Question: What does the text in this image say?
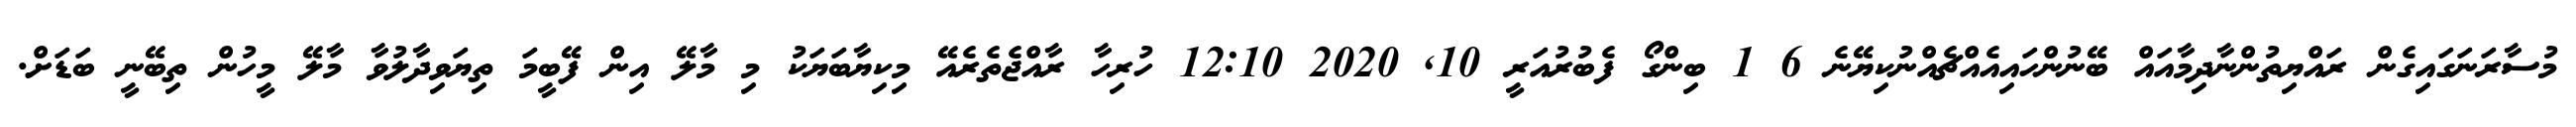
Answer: މުސާރަނަގައިގެން ރައްޔިތުންނާދިމާއައް ބޭނުންހައިއެއްޗެއްނުކިޔޭނެ 6 1 ބިންގޯ ފެބުރުއަރީ 10, 2020 12:10 ހުރިހާ ރާއްޖެތެރެއޭ މިކިޔާބަޔަކު މި މާލޭ އިން ފޭބީމަ ތިޔަވިދާލުވާ މާލޭ މީހުން ތިބޭނީ ބަޑަށް.